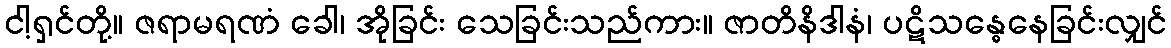
ငါ့ရှင်တို့။ ဇရာမရဏံ ခေါ၊ အိုခြင်း သေခြင်းသည်ကား။ ဇာတိနိဒါနံ၊ ပဋိသန္ဓေနေခြင်းလျှင်